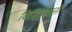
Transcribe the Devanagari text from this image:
विधिवधानों